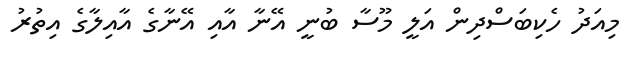
މިއަދު ހެކިބަސްދިން އަލީ މޫސާ ބުނީ އޭނާ އާއި އޭނާގެ އާއިލާގެ އިތުރު